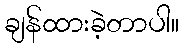
ချန်ထားခဲ့တာပါ။